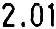
2.01